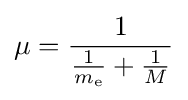
\mu ={\frac {1}{{\frac {1}{m_{\text{e}}}}+{\frac {1}{M}}}}